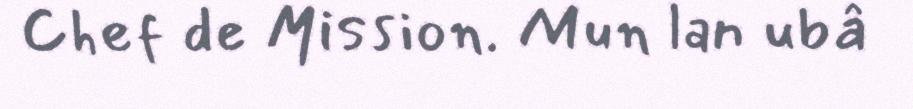
Chef de Mission. Mun lan ubâ